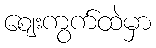
ဈေးကွက်ထဲမှာ